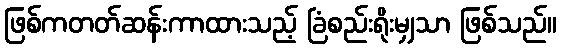
ဖြစ်ကတတ်ဆန်းကာထားသည့် ခြံစည်းရိုးမျှသာ ဖြစ်သည်။